Source: Handwritten
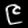
Digit: ၉ (9)